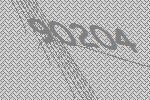
90204